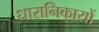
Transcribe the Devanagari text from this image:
धारानिकायों